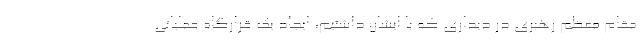
مقام معظم رهبری در دیداری که با ایشان داشتیم، ایجاد یک قرارگاه عملیاتی